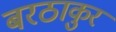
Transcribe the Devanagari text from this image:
बरठाकुर